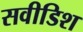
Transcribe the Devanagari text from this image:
सवीडिश